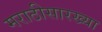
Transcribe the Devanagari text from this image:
मराठीसारख्या